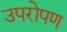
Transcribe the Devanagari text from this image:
उपरोपण